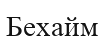
Бехайм